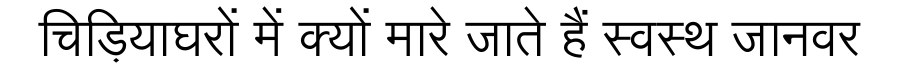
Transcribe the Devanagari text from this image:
चिड़ियाघरों में क्यों मारे जाते हैं स्वस्थ जानवर